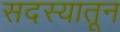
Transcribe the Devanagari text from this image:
सदस्यातून